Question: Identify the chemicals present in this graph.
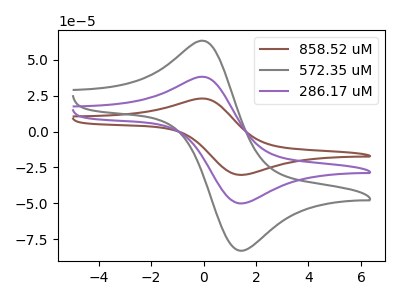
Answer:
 <answer>The brown curve is labeled "858.52 uM". The gray curve is labeled "572.35 uM". The purple curve is labeled "286.17 uM".</answer>
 <eval></eval>